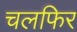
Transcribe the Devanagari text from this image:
चलफिर